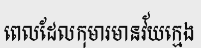
ពេលដែលកុមារមានវ័យក្មេង